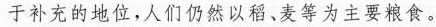
于补充的地位，人们仍然以稻、麦等为主要粮食。